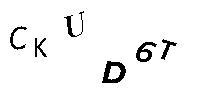
CKUD6T